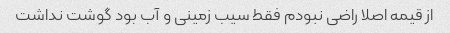
از قیمه اصلا راضی نبودم فقط سیب زمینی و آب بود گوشت نداشت